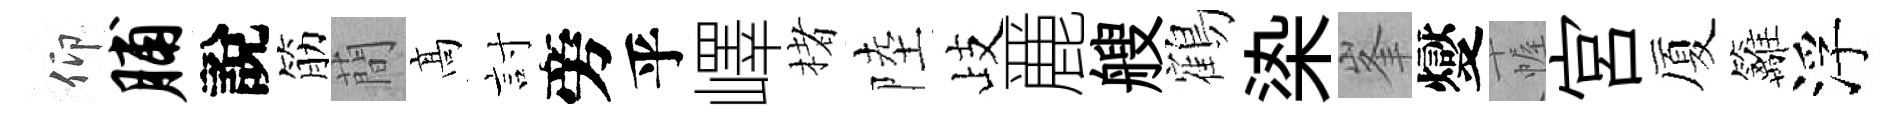
仰脯說筋蕳髙討旁乎嶧楮陸歧䴡艘鶴𣑱峯燮幄宮厦籬浮